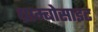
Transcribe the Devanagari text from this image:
थ्राम्बोसाइट